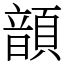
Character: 𩐳